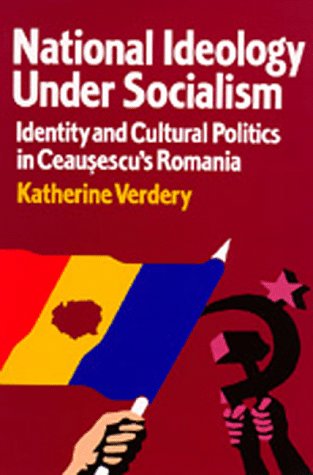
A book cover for National Ideology Under Socialism: Identity and Cultural Politics in Ceausescu's Romania (Society and Culture in East-Central Europe); Katherine Verdery; History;